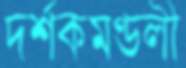
দর্শকমণ্ডলী